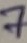
Text: 7